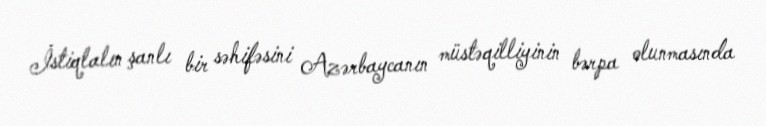
İstiqlalın şanlı bir səhifəsini Azərbaycanın müstəqilliyinin bərpa olunmasında